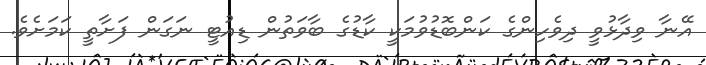
އޭނާ ވިދާޅުވީ ދިވެހިންގެ ކަންބޮޑުވުމަކީ ކާޑުގެ ބާވަތުން ޑިއުޓީ ނަގަން ފަށާތީ ކަމަށެވެ.